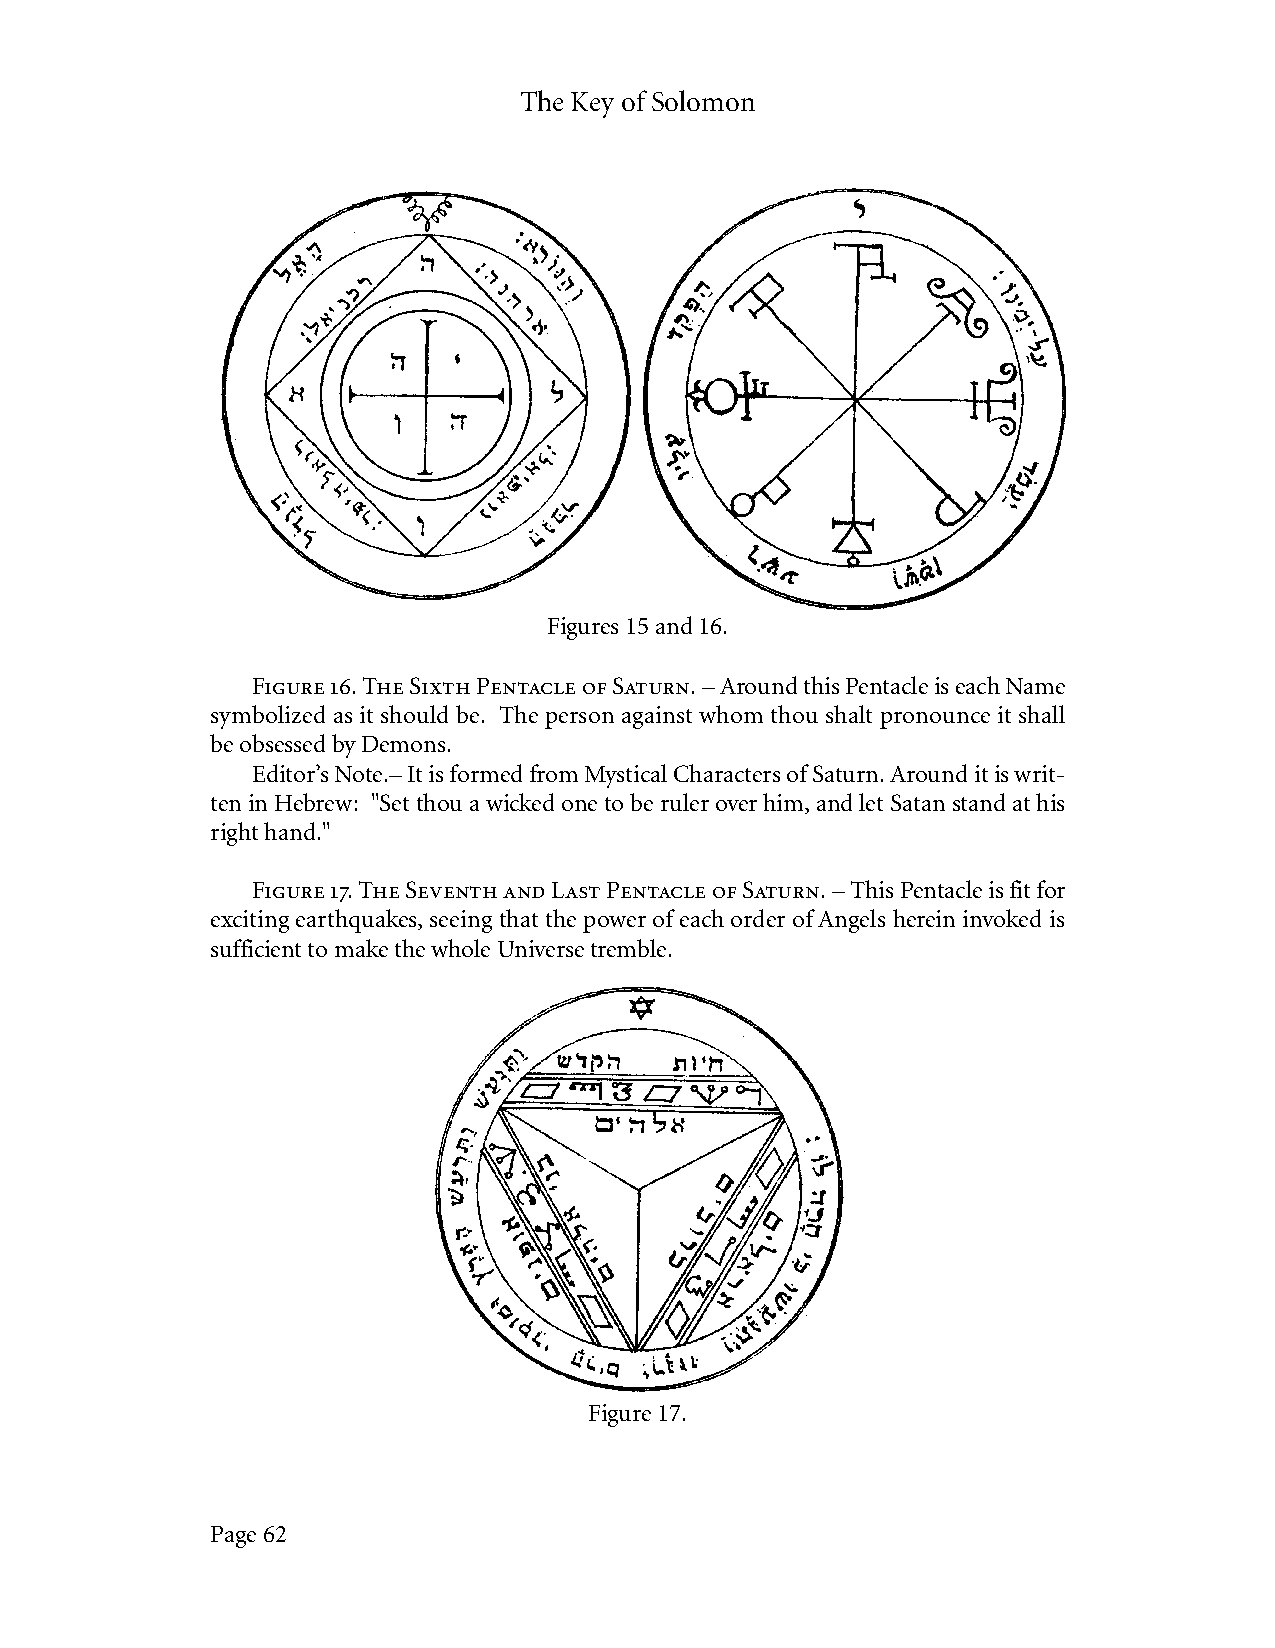
The Key of Solomon
 Figures 15 and 16.
 Figure 16. The Sixth Pentacle of Saturn. – Around this Pentacle is each Name
 symbolized as it should be. The person against whom thou shalt pronounce it shall
 be obsessed by Demons.
 Editor’s Note.– It is formed from Mystical Characters of Saturn. Around it is writ-
 ten in Hebrew: "Set thou a wicked one to be ruler over him, and let Satan stand at his
 right hand."
 Figure 17. The Seventh and Last Pentacle of Saturn. – This Pentacle is fit for
 exciting earthquakes, seeing that the power of each order of Angels herein invoked is
 sufficient to make the whole Universe tremble.
 Figure 17.
 Page 62